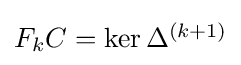
{\textstyle F_{k}C=\ker \Delta ^{(k+1)}}